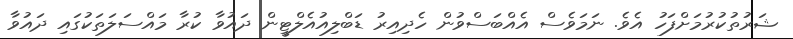
ޝަރުތުކުރުމަށްފަހު އެވެ. ނަމަވެސް އެއްބަސްވުން ހެދިއިރު ޑަބްލިއުއެލްޓީން ދައުވާ ކުރާ މައްސަލަތަކުގައި ދައުވާ